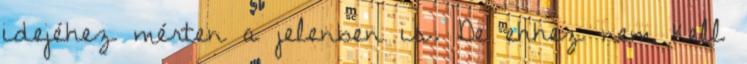
idejéhez mérten a jelenben is. De ehhez nem kell